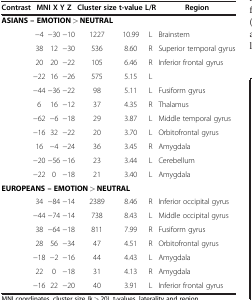
<table><thead><tr><td><b>Contrast</b></td><td colspan="3"><b>MNI X Y Z</b></td><td><b>Cluster size</b></td><td><b>t-value</b></td><td><b>L/R</b></td><td><b>Region</b></td></tr></thead><tbody><tr><td> </td><td colspan="8"><b>ASIANS -- EMOTION &gt; NEUTRAL</b></td></tr><tr><td> </td><td>−4</td><td>−30</td><td>−10</td><td>1227</td><td>10.99</td><td>L</td><td>Brainstem</td><td> </td></tr><tr><td> </td><td>38</td><td>12</td><td>−30</td><td>536</td><td>8.60</td><td>R</td><td>Superior temporal gyrus</td><td> </td></tr><tr><td> </td><td>20</td><td>20</td><td>−22</td><td>105</td><td>6.46</td><td>R</td><td rowspan="2">Inferior frontal gyrus</td><td> </td></tr><tr><td> </td><td>−22</td><td>16</td><td>−26</td><td>575</td><td>5.15</td><td>L</td><td> </td></tr><tr><td> </td><td>−44</td><td>−36</td><td>−22</td><td>98</td><td>5.11</td><td>L</td><td>Fusiform gyrus</td><td> </td></tr><tr><td> </td><td>6</td><td>16</td><td>−12</td><td>37</td><td>4.35</td><td>R</td><td>Thalamus</td><td> </td></tr><tr><td> </td><td>−62</td><td>−6</td><td>−18</td><td>29</td><td>3.87</td><td>L</td><td>Middle temporal gyrus</td><td> </td></tr><tr><td> </td><td>−16</td><td>32</td><td>−22</td><td>20</td><td>3.70</td><td>L</td><td>Orbitofrontal gyrus</td><td> </td></tr><tr><td> </td><td>16</td><td>−4</td><td>−24</td><td>36</td><td>3.45</td><td>R</td><td>Amygdala</td><td> </td></tr><tr><td> </td><td>−20</td><td>−56</td><td>−16</td><td>23</td><td>3.44</td><td>L</td><td>Cerebellum</td><td> </td></tr><tr><td> </td><td>−22</td><td>0</td><td>−18</td><td>21</td><td>3.40</td><td>L</td><td>Amygdala</td><td> </td></tr><tr><td> </td><td colspan="8"><b>EUROPEANS -- EMOTION &gt; NEUTRAL</b></td></tr><tr><td> </td><td>34</td><td>−84</td><td>−14</td><td>2389</td><td>8.46</td><td>R</td><td>Inferior occipital gyrus</td><td> </td></tr><tr><td> </td><td>−44</td><td>−74</td><td>−14</td><td>738</td><td>8.43</td><td>L</td><td>Middle occipital gyrus</td><td> </td></tr><tr><td> </td><td>38</td><td>−64</td><td>−18</td><td>811</td><td>7.99</td><td>R</td><td>Fusiform gyrus</td><td> </td></tr><tr><td> </td><td>28</td><td>56</td><td>−34</td><td>47</td><td>4.51</td><td>R</td><td>Orbitofrontal gyrus</td><td> </td></tr><tr><td> </td><td>−18</td><td>−2</td><td>−16</td><td>44</td><td>4.43</td><td>L</td><td>Amygdala</td><td> </td></tr><tr><td> </td><td>22</td><td>0</td><td>−18</td><td>31</td><td>4.13</td><td>R</td><td>Amygdala</td><td> </td></tr><tr><td> </td><td>−16</td><td>22</td><td>−20</td><td>40</td><td>3.91</td><td>L</td><td>Inferior frontal gyrus</td><td> </td></tr></tbody></table>